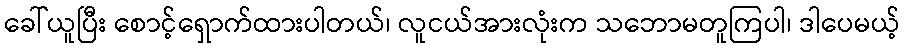
ခေါ်ယူပြီး စောင့်ရှောက်ထားပါတယ်၊ လူငယ်အားလုံးက သဘောမတူကြပါ၊ ဒါပေမယ့်